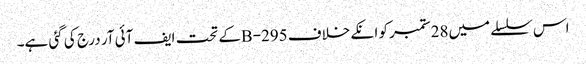
اس سلسلے میں28ستمبر کو انکے خلاف 295-Bکے تحت ایف آئی آر درج کی گئی ہے۔